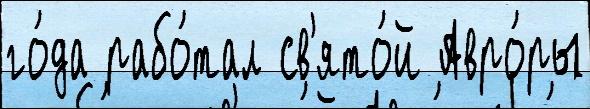
го́да рабо́тал св'ято́й Авро́ры